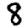
Digit: 8